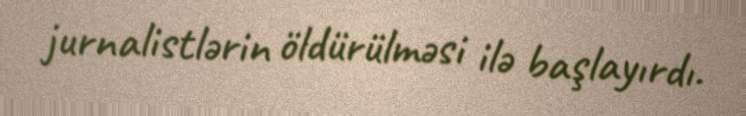
jurnalistlərin öldürülməsi ilə başlayırdı.